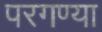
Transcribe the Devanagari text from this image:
परगण्या